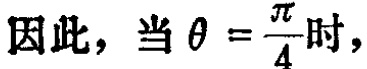
因此，当 $\theta = \frac{\pi}{4}$ 时，